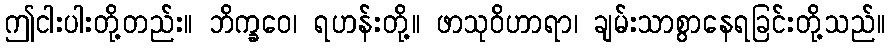
ဤငါးပါးတို့တည်း။ ဘိက္ခဝေ၊ ရဟန်းတို့။ ဖာသုဝိဟာရာ၊ ချမ်းသာစွာနေရခြင်းတို့သည်။